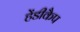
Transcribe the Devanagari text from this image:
हेंडीकैप